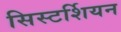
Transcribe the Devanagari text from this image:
सिस्टर्शियन